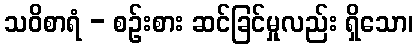
သဝိစာရံ - စဉ်းစား ဆင်ခြင်မှုလည်း ရှိသော၊